Vaccine operations Central Provinces 1886-1899 - 1886-1899
Year: 1886
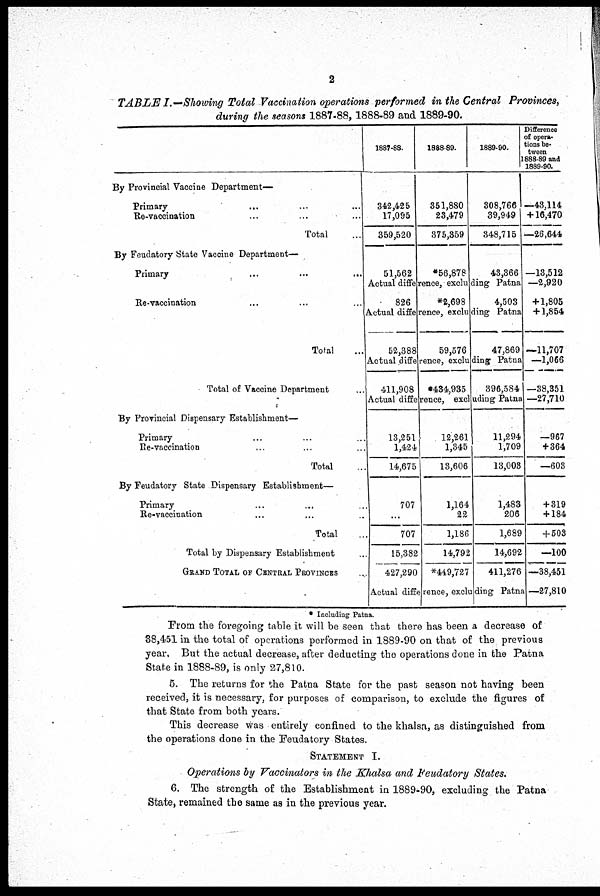
2
TABLE I.—Showing Total Vaccination operations performed in the Central Provinces,
during the seasons 1887-88, 1888-89 and 1889-90.
By Provincial Vaccine Department—
Primary ... ... ...
Re-vaccination ... ... ...
Total
By Feudatory State Vaccine Department-
Primary
...
...
...
Re-vaccination ... ... ...
Total ...
Total of Vaccine Department ...
By Provincial Dispensary Establishment—
Primary ... ... ...
Re-vaccination ... ... ...
Total ...
By Feudatory State Dispensary Establishment—
Primary ... ... ...
Re-vaccination ... ... ...
Total ...
Total by Dispensary Establishment ...
GRAND TOTAL OF CENTRAL PROVINCES ...
1887-88.
342,425
17,095
359,520
51,562
1888-89.
351,880
23,479
375,359
*56,878
1889-90.
308,766
39,949
348,715
43,366
Actual difference, excluding Patna
826
*2,698
4,503
Actual difference, excluding Patna
52,388
59,576
47,869
Actual difference, excluding Patna
411,908 *434,935
396,584
Actual difference, excluding Patna
13,251
1,424
14,675
707
...
707
15,382
427,290
12,261
1,345
13,606
1,164
22
1,186
14,792
*449,727
11,294
1,709
13,003
1,483
206
1,689
14,692
411,276
Actual difference, excluding Patna
Difference
of opera¬
tions be¬
tween
1888-89 and
1889-90.
—43,114
+ 16,470
—26,644
—13,512
—2,920
+ 1,805
+ 1,854
—11,707
—1,066
—38,351
—27,710
—967
+364
—603
+ 319
+ 184
+ 503
—100
—38,451
—27,810
* Including Patna.
From the foregoing table it will be seen that there has been a decrease of
38,451 in the total of operations performed in 1889-90 on that of the previous
year. But the actual decrease, after deducting the operations done in the Patna
State in 1888-89, is only 27,810.
5. The returns for the Patna State for the past season not having been
received, it is necessary, for purposes of comparison, to exclude the figures of
that State from both years.
This decrease was entirely confined to the khalsa, as distinguished from
the operations done in the Feudatory States.
STATEMENT I.
Operations by Vaccinators in the Khalsa and Feudatory States.
6. The strength of the Establishment in 1889-90, excluding the Patna
State, remained the same as in the previous year.